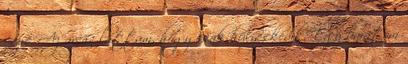
észre. Az arcán láttam, hogy csak hülyéskedik. Egy barátom